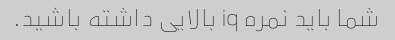
شما باید نمره iq بالایی داشته باشید.